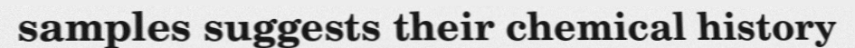
samples suggests their chemical history